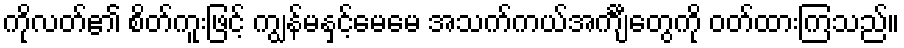
ကိုလတ်၏ စိတ်ကူးဖြင့် ကျွန်မနှင့်မေမေ အသက်ကယ်အင်္ကျီတွေကို ဝတ်ထားကြသည်။